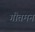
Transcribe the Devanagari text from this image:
गौतमन